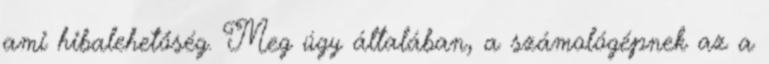
ami hibalehetőség. Meg úgy általában, a számológépnek az a